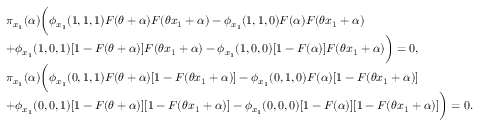
\begin{array} { r l } & { \pi _ { x _ { 1 } } ( \alpha ) \bigg ( \phi _ { x _ { 1 } } ( 1 , 1 , 1 ) F ( \theta + \alpha ) F ( \theta x _ { 1 } + \alpha ) - \phi _ { x _ { 1 } } ( 1 , 1 , 0 ) F ( \alpha ) F ( \theta x _ { 1 } + \alpha ) } \\ & { + \phi _ { x _ { 1 } } ( 1 , 0 , 1 ) [ 1 - F ( \theta + \alpha ) ] F ( \theta x _ { 1 } + \alpha ) - \phi _ { x _ { 1 } } ( 1 , 0 , 0 ) [ 1 - F ( \alpha ) ] F ( \theta x _ { 1 } + \alpha ) \bigg ) = 0 , } \\ & { \pi _ { x _ { 1 } } ( \alpha ) \bigg ( \phi _ { x _ { 1 } } ( 0 , 1 , 1 ) F ( \theta + \alpha ) [ 1 - F ( \theta x _ { 1 } + \alpha ) ] - \phi _ { x _ { 1 } } ( 0 , 1 , 0 ) F ( \alpha ) [ 1 - F ( \theta x _ { 1 } + \alpha ) ] } \\ & { + \phi _ { x _ { 1 } } ( 0 , 0 , 1 ) [ 1 - F ( \theta + \alpha ) ] [ 1 - F ( \theta x _ { 1 } + \alpha ) ] - \phi _ { x _ { 1 } } ( 0 , 0 , 0 ) [ 1 - F ( \alpha ) ] [ 1 - F ( \theta x _ { 1 } + \alpha ) ] \bigg ) = 0 . } \end{array}